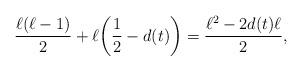
LaTeX: \begin{align*}\frac{\ell(\ell - 1)}{2} + \ell \bigg( \frac{1}{2} - d(t) \bigg) = \frac{\ell^2 - 2 d(t) \ell}{2},\end{align*}